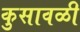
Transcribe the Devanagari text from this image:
कुसावळी